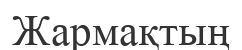
Жармақтың